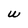
Character: W